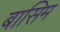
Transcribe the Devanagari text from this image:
बासिम